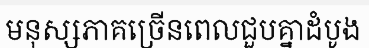
មនុស្សភាគច្រើនពេលជួបគ្នាដំបូង